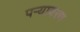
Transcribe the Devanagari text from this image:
पऱ्यावरण